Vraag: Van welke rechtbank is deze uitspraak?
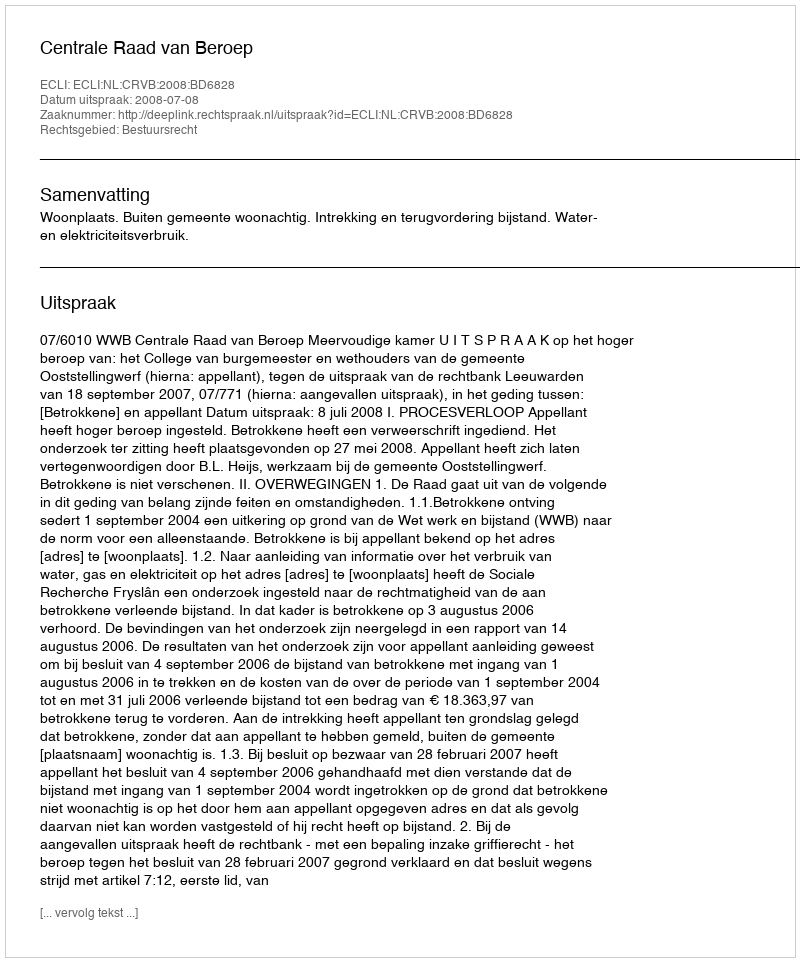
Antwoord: Centrale Raad van Beroep